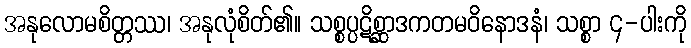
အနုလောမစိတ္တဿ၊ အနုလုံစိတ်၏။ သစ္စပ္ပဋိစ္ဆာဒကတမဝိနောဒနံ၊ သစ္စာ ၄-ပါးကို